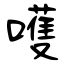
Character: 嚄